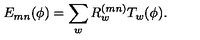
E _ { m n } ( \phi ) = \sum _ { w } R _ { w } ^ { ( m n ) } T _ { w } ( \phi ) .